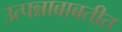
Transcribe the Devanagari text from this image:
उत्पन्नाबाबतीत